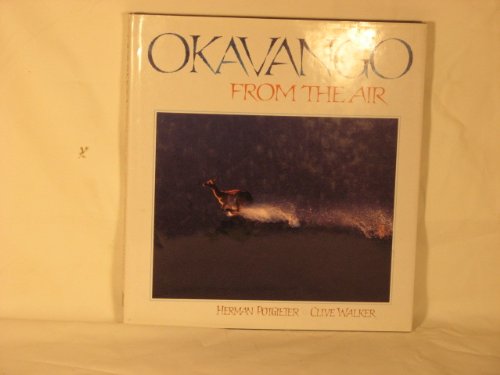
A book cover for Okavango from the Air; Clive Walker; Travel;